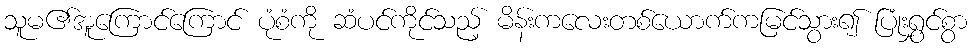
သူမ၏အူကြောင်ကြောင် ပုံစံကို ဆံပင်ကိုင်သည့် မိန်းကလေးတစ်ယောက်ကမြင်သွား၍ ပြုံးရွှင်စွာ